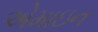
એમાઇન